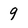
Character: 9